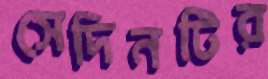
সেদিনটির